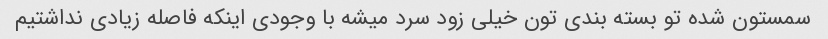
سمستون شده تو بسته بندی تون خیلی زود سرد میشه با وجودی اینکه فاصله زیادی نداشتیم